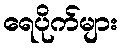
ရေပိုက်များ